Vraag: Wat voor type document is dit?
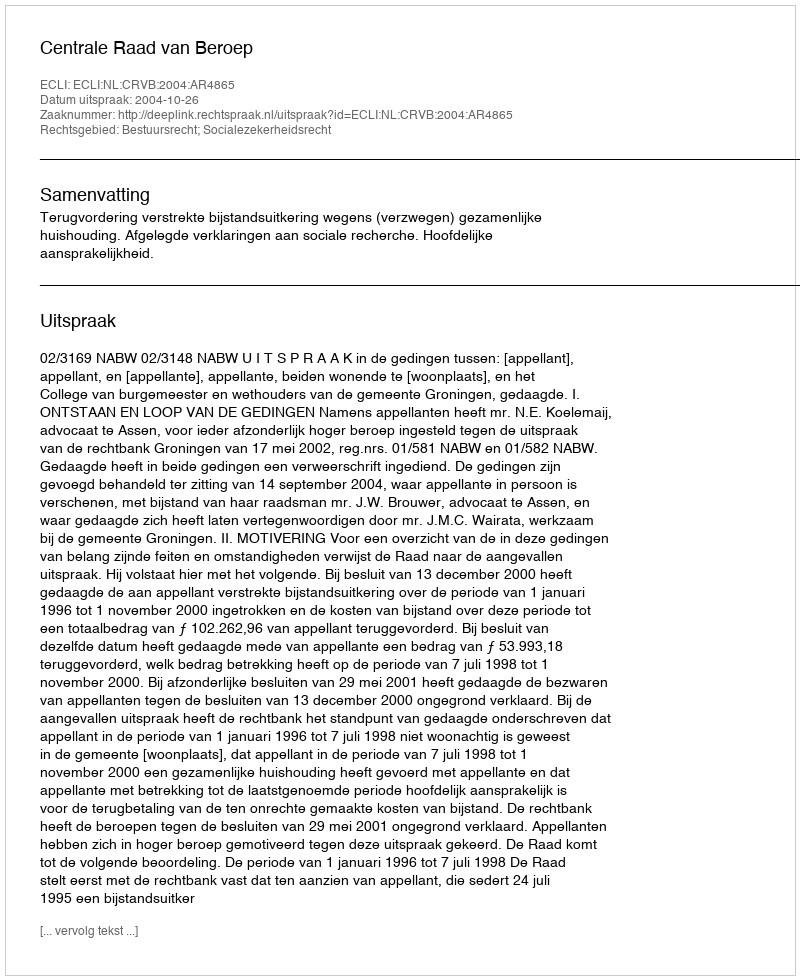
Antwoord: Uitspraak